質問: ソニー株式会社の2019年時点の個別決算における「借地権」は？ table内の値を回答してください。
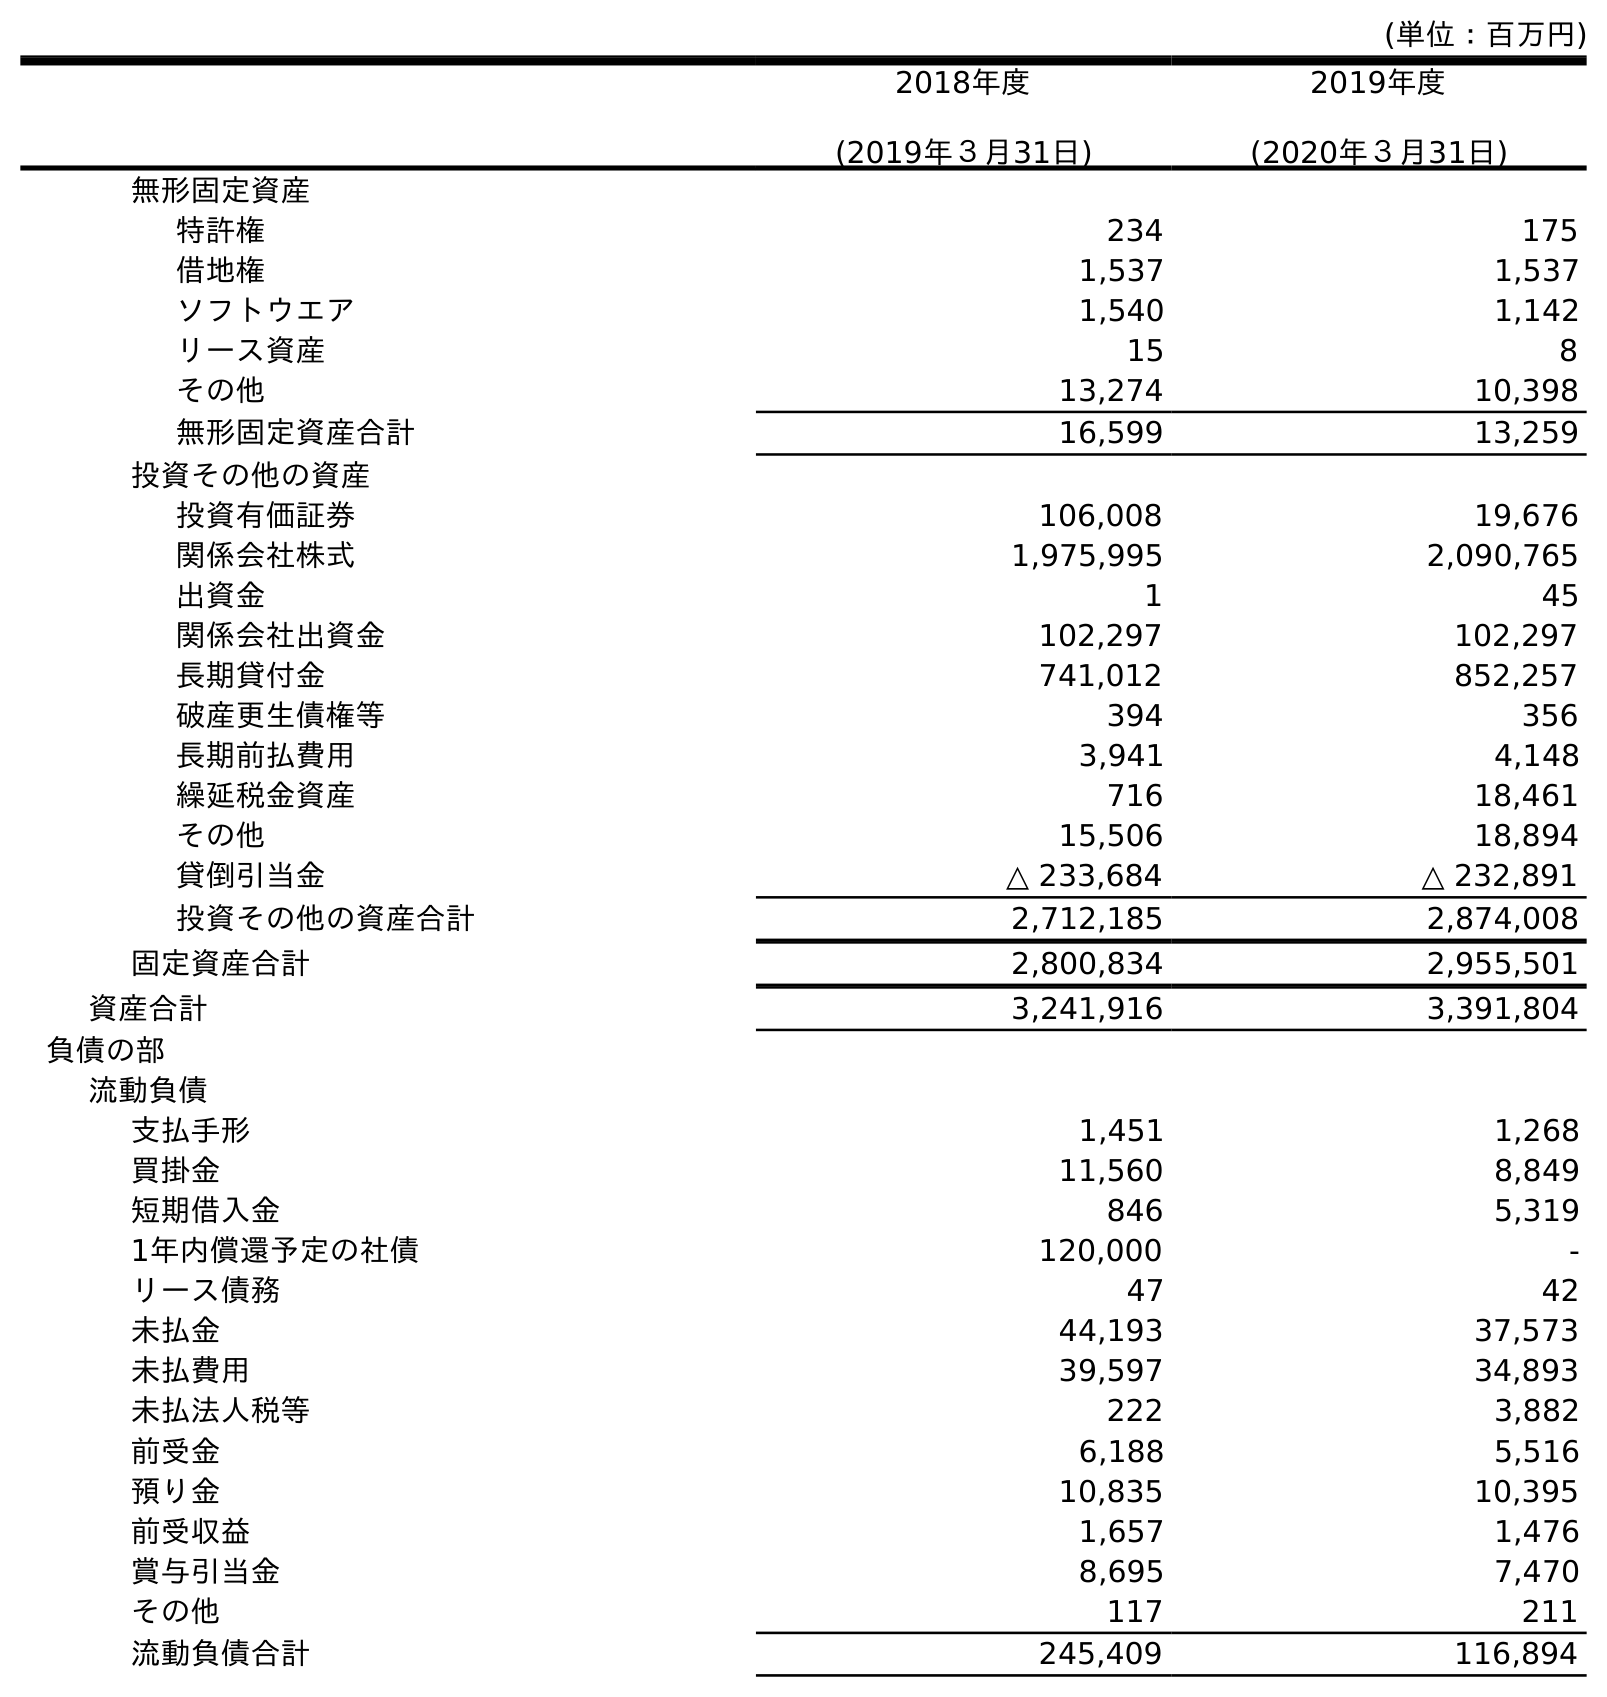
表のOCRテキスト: (単位：百万円) 2018年度 (2019年３月31日) 2019年度 (2020年３月31日) 無形固定資産 特許権 234 175 借地権 1,537 1,537 ソフトウエア 1,540 1,142 リース資産 15 8 その他 13,274 10,398 無形固定資産合計 16,599 13,259 投資その他の資産 投資有価証券 106,008 19,676 関係会社株式 1,975,995 2,090,765 出資金 1 45 関係会社出資金 102,297 102,297 長期貸付金 741,012 852,257 破産更生債権等 394 356 長期前払費用 3,941 4,148 繰延税金資産 716 18,461 その他 15,506 18,894 貸倒引当金 △ 233,684 △ 232,891 投資その他の資産合計 2,712,185 2,874,008 固定資産合計 2,800,834 2,955,501 資産合計 3,241,916 3,391,804 負債の部 流動負債 支払手形 1,451 1,268 買掛金 11,560 8,849 短期借入金 846 5,319 1年内償還予定の社債 120,000 - リース債務 47 42 未払金 44,193 37,573 未払費用 39,597 34,893 未払法人税等 222 3,882 前受金 6,188 5,516 預り金 10,835 10,395 前受収益 1,657 1,476 賞与引当金 8,695 7,470 その他 117 211 流動負債合計 245,409 116,894
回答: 1,537